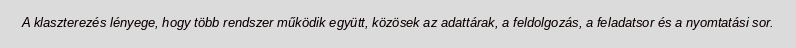
A klaszterezés lényege, hogy több rendszer működik együtt, közösek az adattárak, a feldolgozás, a feladatsor és a nyomtatási sor.